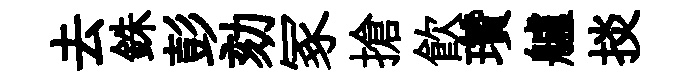
去銖彭劾冢搶飮瓚艫掞